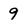
Character: 9